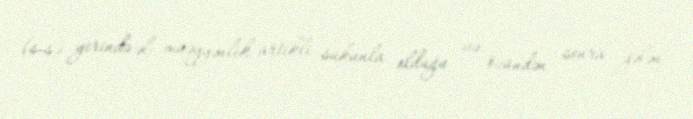
(s-s) yerində əl- müəyyənlik artikli sukunla olduğu və özündən sonra gələn